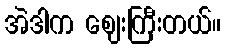
အဲဒါက ဈေးကြီးတယ်။